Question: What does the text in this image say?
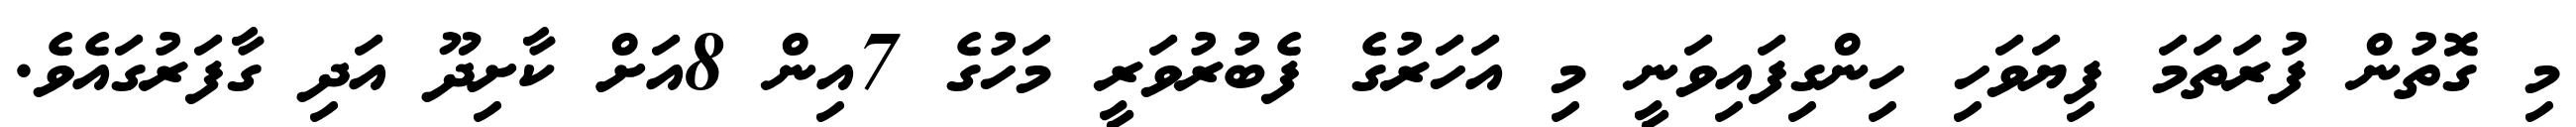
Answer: މި ގޮތުން ފުރަތަމަ ފިޔަވަހި ހިންގިފައިވަނީ މި އަހަރުގެ ފެބުރުވަރީ މަހުގެ 7އިން 8އަށް ކާށިދޫ އަދި ގާފަރުގައެވެ.